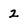
Character: 2